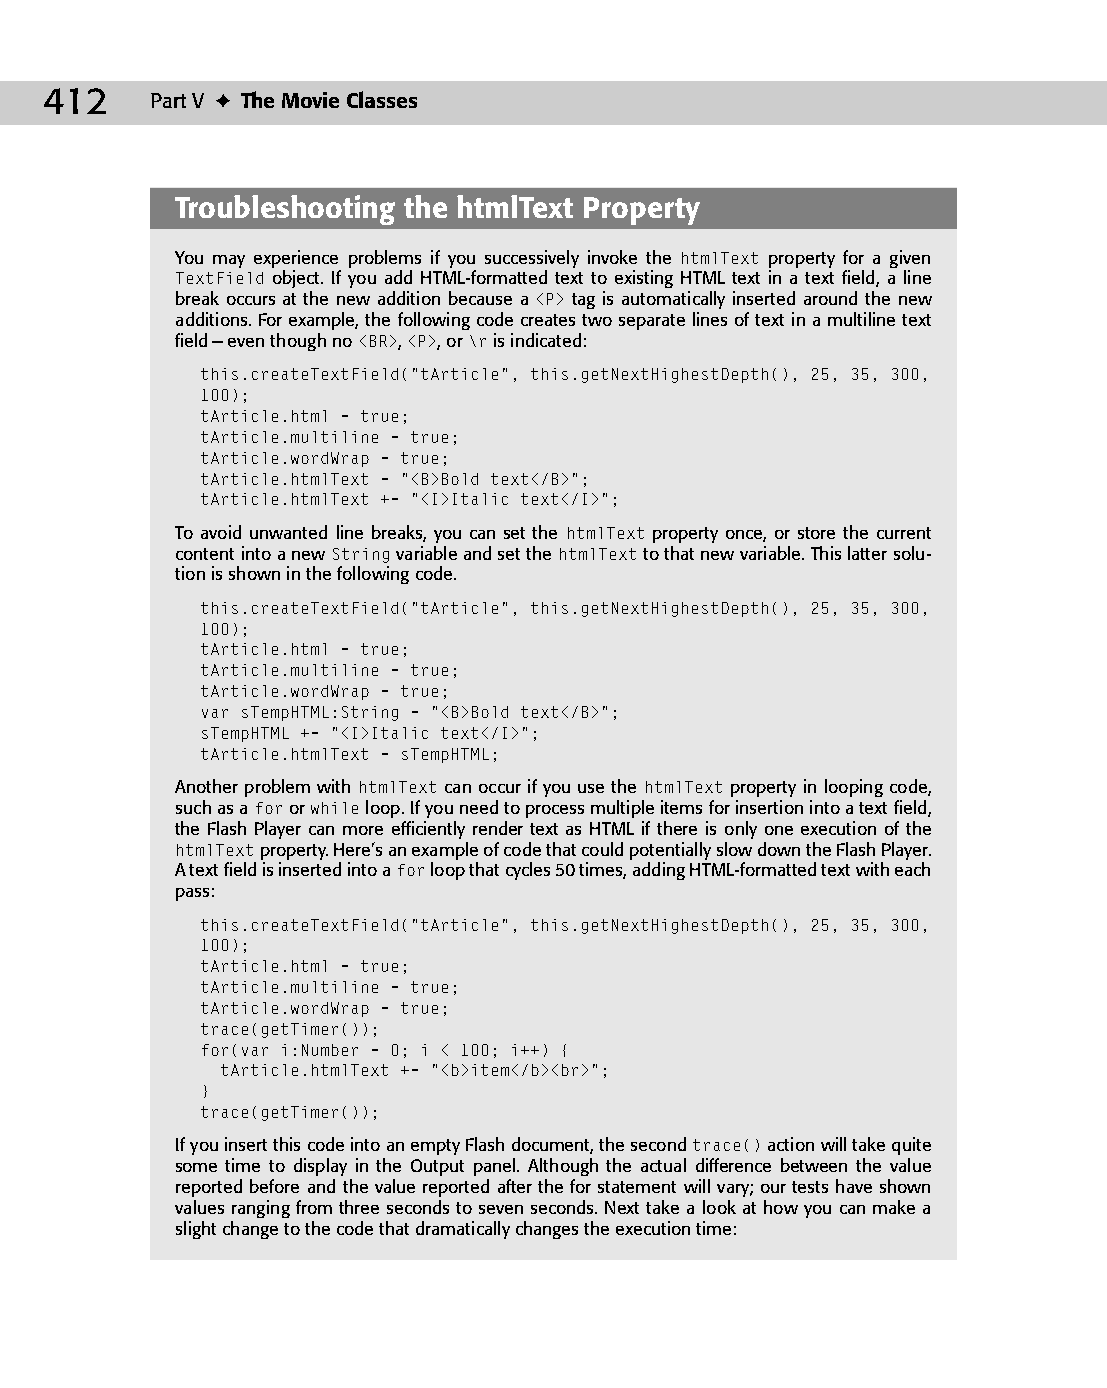
23 543547 ch17.qxd 3/24/04 4:11 PM Page 412
 412    Part V ✦ The Movie Classes
 Troubleshooting the htmlText Property
 You may experience problems if you successively invoke the htmlText property for a given
 TextField object. If you add HTML-formatted text to existing HTML text in a text field, a line
 break occurs at the new addition because a <P> tag is automatically inserted around the new
 additions. For example, the following code creates two separate lines of text in a multiline text
 field — even though no <BR>, <P>, or \r is indicated:
 this.createTextField(“tArticle”, this.getNextHighestDepth(), 25, 35, 300,
 100);
 tArticle.html = true;
 tArticle.multiline = true;
 tArticle.wordWrap = true;
 tArticle.htmlText = “<B>Bold text</B>”;
 tArticle.htmlText += “<I>Italic text</I>”;
 To avoid unwanted line breaks, you can set the htmlText property once, or store the current
 content into a new String variable and set the htmlText to that new variable. This latter solu­
 tion is shown in the following code.
 this.createTextField(“tArticle”, this.getNextHighestDepth(), 25, 35, 300,
 100);
 tArticle.html = true;
 tArticle.multiline = true;
 tArticle.wordWrap = true;
 var sTempHTML:String = “<B>Bold text</B>”;
 sTempHTML += “<I>Italic text</I>”;
 tArticle.htmlText = sTempHTML;
 Another problem with htmlText can occur if you use the htmlText property in looping code,
 such as a for or while loop. If you need to process multiple items for insertion into a text field,
 the Flash Player can more efficiently render text as HTML if there is only one execution of the
 htmlText property. Here’s an example of code that could potentially slow down the Flash Player.
 A text field is inserted into a for loop that cycles 50 times, adding HTML-formatted text with each
 pass:
 this.createTextField(“tArticle”, this.getNextHighestDepth(), 25, 35, 300,
 100);
 tArticle.html = true;
 tArticle.multiline = true;
 tArticle.wordWrap = true;
 trace(getTimer());
 for(var i:Number = 0; i < 100; i++) {
 tArticle.htmlText += “<b>item</b><br>”;
 }
 trace(getTimer());
 If you insert this code into an empty Flash document, the second trace() action will take quite
 some time to display in the Output panel. Although the actual difference between the value
 reported before and the value reported after the for statement will vary; our tests have shown
 values ranging from three seconds to seven seconds. Next take a look at how you can make a
 slight change to the code that dramatically changes the execution time: